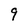
Character: 9